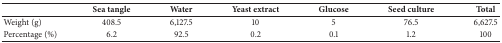
<table><thead><tr><td>[EMPTY_CELL]</td><td><b>Sea tangle</b></td><td><b>Water</b></td><td><b>Yeast extract</b></td><td><b>Glucose</b></td><td><b>Seed culture</b></td><td><b>Total</b></td></tr></thead><tbody><tr><td>Weight (g)</td><td>408.5</td><td>6,127.5</td><td>10</td><td>5</td><td>76.5</td><td>6,627.5</td></tr><tr><td>Percentage (%)</td><td>6.2</td><td>92.5</td><td>0.2</td><td>0.1</td><td>1.2</td><td>100</td></tr></tbody></table>